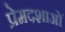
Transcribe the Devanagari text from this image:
प्रेमदशाओं